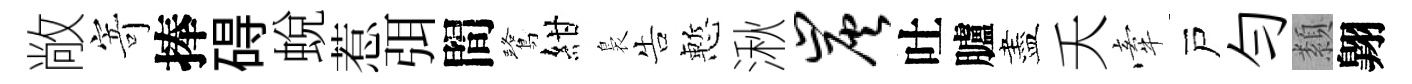
敞寄捧碍蛻惹弭間鷺紺裊告慙湫炭吐臚盡夭牽戸勻纇翺